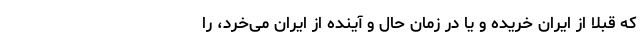
که قبلا از ایران خریده و یا در زمان حال و آینده از ایران می‌خرد، را